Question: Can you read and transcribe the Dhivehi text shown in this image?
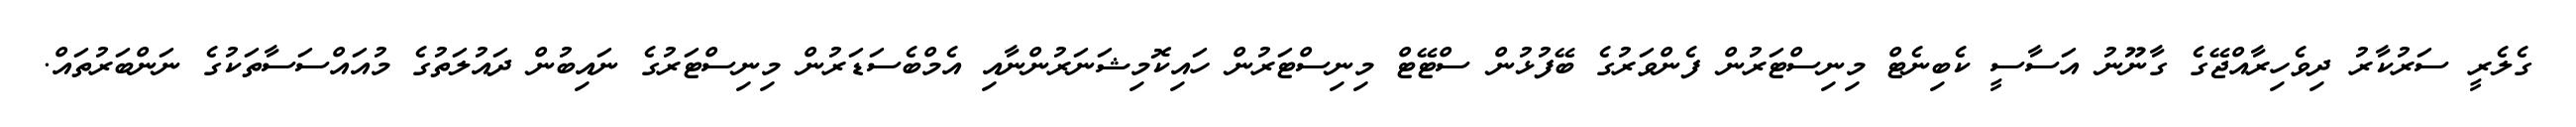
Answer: ގެލެރީ ސަރުކާރު ދިވެހިރާއްޖޭގެ ގާނޫނު އަސާސީ ކެބިނެޓް މިނިސްޓަރުން ފެންވަރުގެ ބޭފުޅުން ސްޓޭޓް މިނިސްޓަރުން ހައިކޮމިޝަނަރުންނާއި އެމްބެސަޑަރުން މިނިސްޓަރުގެ ނައިބުން ދައުލަތުގެ މުއައްސަސާތަކުގެ ނަންބަރުތައް.